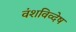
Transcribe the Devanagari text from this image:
वंशविव्देष